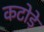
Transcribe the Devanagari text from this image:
कटोड़े